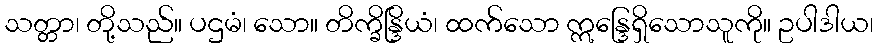
သတ္တာ၊ တို့သည်။ ပဌမံ၊ သော။ တိက္ခိန္ဒြိယံ၊ ထက်သော ဣန္ဒြေရှိသောသူကို။ ဥပါဒါယ၊